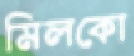
মিলকো